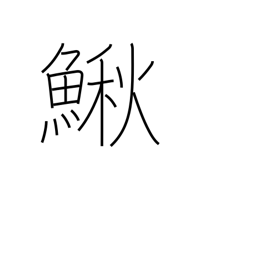
Meaning: bullhead